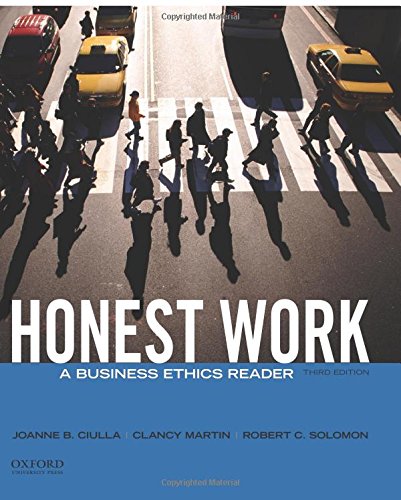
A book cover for Honest Work: A Business Ethics Reader; Joanne B. Ciulla; Business & Money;